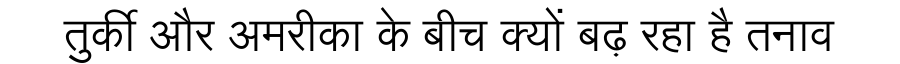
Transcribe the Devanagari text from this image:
तुर्की और अमरीका के बीच क्यों बढ़ रहा है तनाव